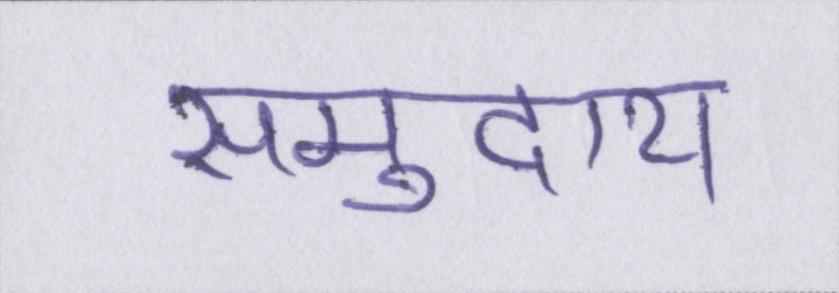
समुदाय